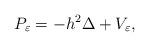
LaTeX: \begin{align*}P_\varepsilon =-h^2\Delta +V_\varepsilon,\end{align*}